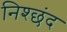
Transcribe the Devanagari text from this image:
निश्छंद